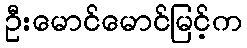
ဦးမောင်မောင်မြင့်က